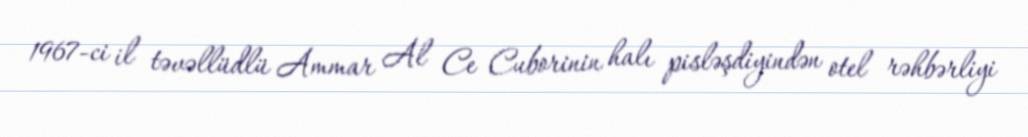
1967-ci il təvəllüdlü Ammar Al Ce Cuborinin halı pisləşdiyindən otel rəhbərliyi